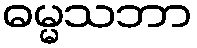
ဓမ္မသဘာ